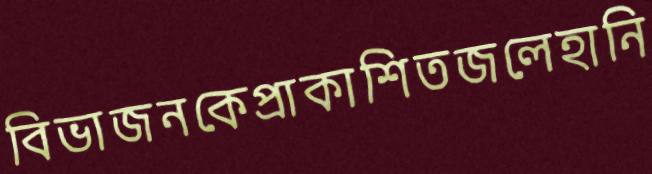
বিভাজনকেপ্রাকাশিতজলেহানি